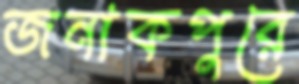
জনাকপুরে